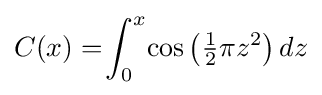
C(x)=\!\int _{0}^{x}\!\cos {\big (}{\tfrac {1}{2}}\pi z^{2}{\big )}\,dz